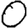
Digit: 0